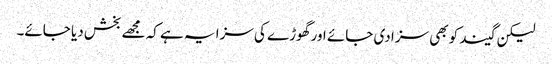
لیکن گیند کو بھی سزا دی جائے اور گھوڑے کی سزا یہ ہے کہ مجھے بخش دیا جائے۔